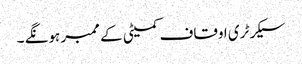
سیکرٹری اوقاف کمیٹی کے ممبر ہونگے ۔